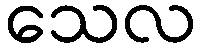
သေလ